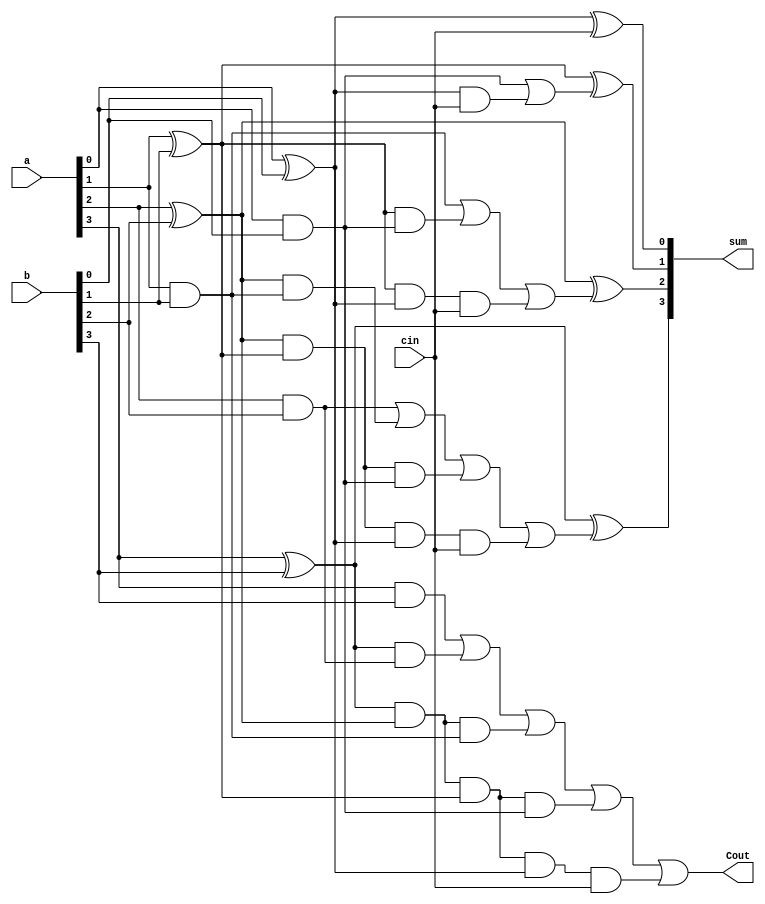
`timescale 1ns / 1ps
//////////////////////////////////////////////////////////////////////////////////
// Company: 
// Engineer: 
// 
// Design Name: 
// Module Name:    Carry_look_ahead_adder 
// Project Name: 
// Target Devices: 
// Tool versions: 
// Description: 
//
// Dependencies: 
//
// Revision: 
// Revision 0.01 - File Created
// Additional Comments: 
//
//////////////////////////////////////////////////////////////////////////////////
module Carry_look_ahead_adder(a, b, cin,sum, Cout);

    input [3:0] a, b;
    input cin;
    output [3:0] sum;
    output Cout;
    
    wire P0,P1,P2,P3,G0,G1,G2,G3;
    wire C4, C3, C2, C1;
    
/*incase we add one assign then each stmt can be given with ',' and last stmt can be ended with ';' 
or else use assign for each stmt and use';' to end each stmt */
    assign
        P0 = a[0] ^ b[0],   
        P1 = a[1] ^ b[1],   
        P2 = a[2] ^ b[2],
        P3 = a[3] ^ b[3];
        
    assign
        G0 = a[0] & b[0],
        G1 = a[1] & b[1],
        G2 = a[2] & b[2],
        G3 = a[3] & b[3];
	 assign
        C1 = G0 | (P0 & cin),
        C2 = G1 | (P1 & G0) | (P1 & P0 & cin),
        C3 = G2 | (P2 & G1) | (P2 & P1 & G0) | (P2 & P1 & P0 & cin),
        C4 = G3 | (P3 & G2) | (P3 & P2 & G1) | (P3 & P2 & P1 & G0) | (P3 & P2 & P1 & P0 & cin);
        
    assign
        sum[0] = P0 ^ cin,
        sum[1] = P1 ^ C1,
        sum[2] = P2 ^ C2,
        sum[3] = P3 ^ C3;
        
    assign Cout = C4;
    
endmodule